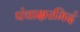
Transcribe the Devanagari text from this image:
पंचाक्षरमिदं